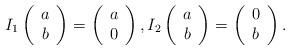
LaTeX: \begin{align*}I_1 \left(\begin{array}{c}a \\ b\end{array}\right)=\left(\begin{array}{c}a \\0\end{array}\right),I_2 \left(\begin{array}{c}a \\ b\end{array}\right)=\left(\begin{array}{c}0 \\ b\end{array}\right).\end{align*}